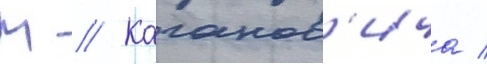
М // Каганов'ича /